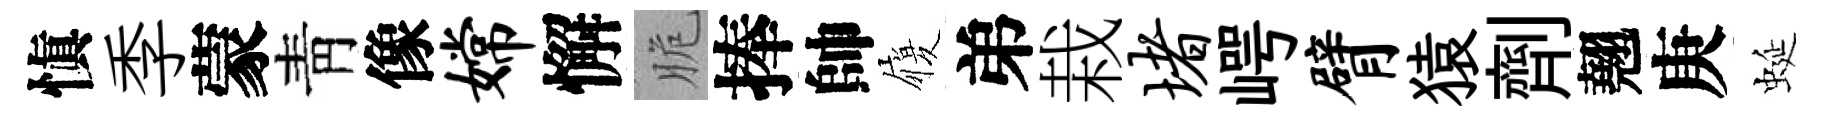
愼季蒙靑像嫦懈脆捧帥履弟栽堵崿臂猿劑翹庚蜒